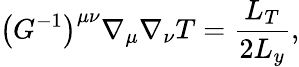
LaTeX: \bigl(G^{-1}\bigr)^{\mu\nu}\nabla_{\mu}\nabla_{\nu}T=\frac{L_{T}}{2L_{y}},